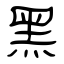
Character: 黑